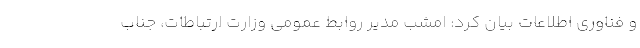
و فناوری اطلاعات بیان کرد: امشب مدیر روابط عمومی وزارت ارتباطات، جناب